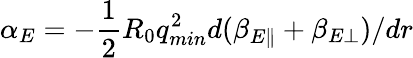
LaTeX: \alpha_{E}=-\frac{1}{2}R_{0}q_{min}^{2}d(\beta_{E\parallel}+\beta_{E\perp})/dr